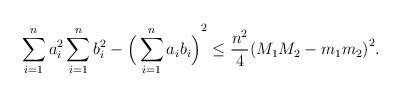
LaTeX: \begin{align*} \displaystyle\sum_{i=1}^{n}a_i^2 \displaystyle\sum_{i=1}^{n}b_i^2-{\Big(\displaystyle\sum_{i=1}^{n}a_i b_i\Big)}^2 \leq \frac{n^2}{4}{(M_1 M_2 -m_1 m_2)}^2. \end{align*}